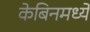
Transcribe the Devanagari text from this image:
केबिनमध्ये